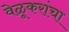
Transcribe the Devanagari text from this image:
वेळूकरांचा